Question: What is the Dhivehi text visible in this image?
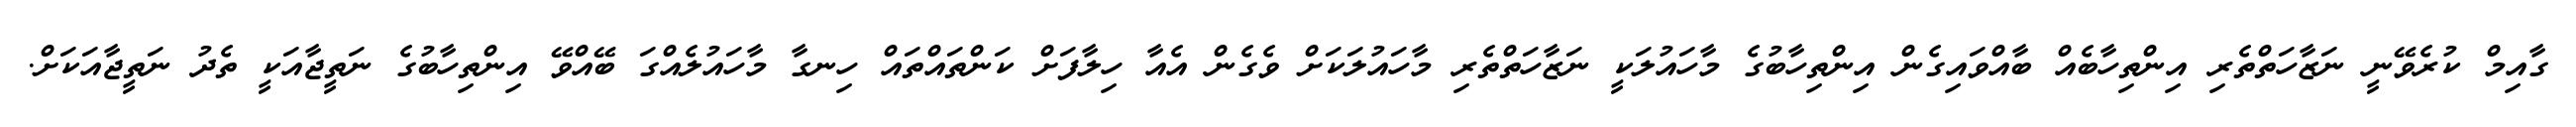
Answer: ގާއިމް ކުރެވޭނީ ނަޒާހަތްތެރި އިންތިހާބެއް ބާއްވައިގެން އިންތިހާބުގެ މާހައުލަކީ ނަޒާހަތްތެރި މާހައުލަކަށް ވެގެން އެއާ ހިލާފަށް ކަންތައްތައް ހިނގާ މާހައުލެއްގަ ބޭއްވޭ އިންތިހާބުގެ ނަތީޖާއަކީ ތެދު ނަތީޖާއަކަށް.